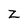
Character: Z